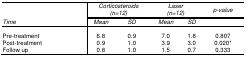
| <ROWSPAN=3> Time | <COLSPAN=2> Corticosteroids(n=12) | <COLSPAN=2> Laser(n=12) | p-value |
 | Mean | SD | Mean | SD |  |
 | --- | --- | --- | --- | --- | --- |
 | Pre-treatment | 6.8 | 0.9 | 7.0 | 1.8 | 0.807 |
 | Post-treatment | 0.9 | 1.0 | 3.9 | 3.0 | 0.020* |
 | Follow up | 0.8 | 1.0 | 1.5 | 0.7 | 0.333 |